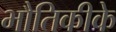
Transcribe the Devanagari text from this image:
भौतिकीके